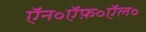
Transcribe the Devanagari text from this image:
ऍन॰ऍफ़॰ऍल॰